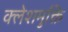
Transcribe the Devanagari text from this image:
क्लेशमुक्ति